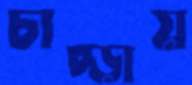
চাপ্‌ড়ায়